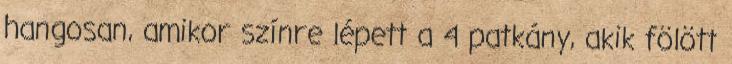
hangosan, amikor színre lépett a 4 patkány, akik fölött